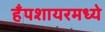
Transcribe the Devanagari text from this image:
हँपशायरमध्ये